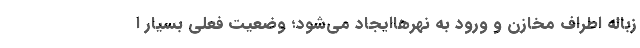
زباله اطراف مخازن و ورود به نهرهاایجاد می‌شود؛ وضعیت فعلی بسیار ا